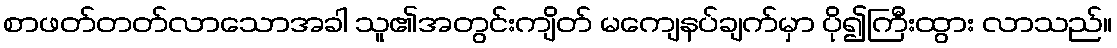
စာဖတ်တတ်လာသောအခါ သူ၏အတွင်းကျိတ် မကျေနပ်ချက်မှာ ပို၍ကြီးထွား လာသည်။